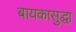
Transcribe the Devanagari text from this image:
बायकासुद्धा